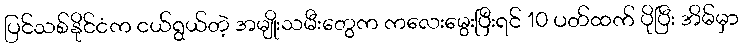
ပြင်သစ်နိုင်ငံက ငယ်ရွယ်တဲ့ အမျိုးသမီးတွေက ကလေးမွေးပြီးရင် 10 ပတ်ထက် ပိုပြီး အိမ်မှာ